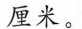
厘米。